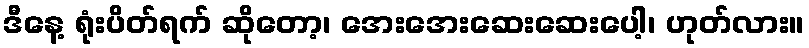
ဒီနေ့ ရုံးပိတ်ရက် ဆိုတော့၊ အေးအေးဆေးဆေးပေါ့၊ ဟုတ်လား။